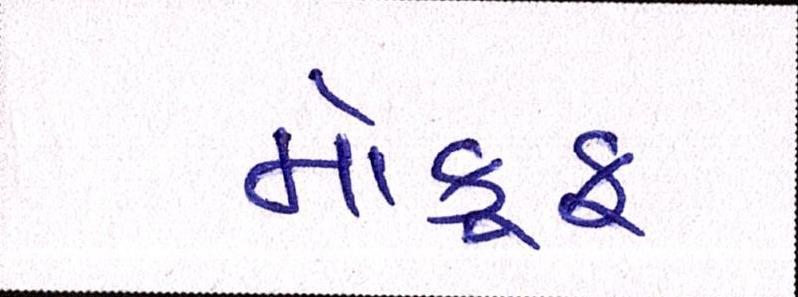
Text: મોકૂફ